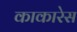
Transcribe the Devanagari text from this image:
काकारेस